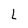
Character: L